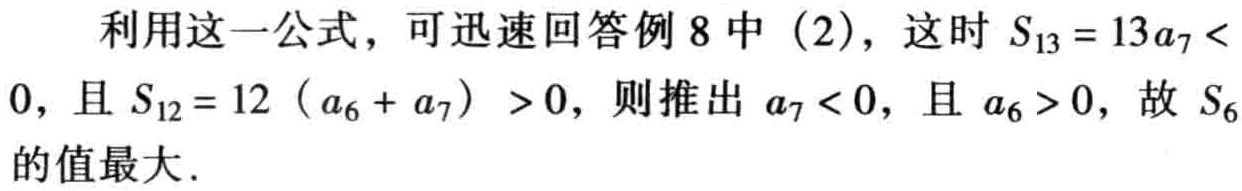
利用这一公式，可迅速回答例 8 中（2），这时 \(S_{13}=13a_{7}<0\)，且 \(S_{12}=12\left(a_{6}+a_{7}\right)>0\)，则推出 \(a_{7}<0\)，且 \(a_{6}>0\)，故 \(S_{6}\)的值最大.